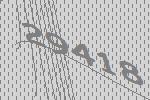
29418